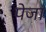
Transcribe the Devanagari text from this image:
पेजा